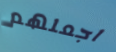
اجعلهم